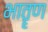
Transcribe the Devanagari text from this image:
भातॄण